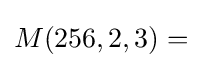
M(256,2,3)=